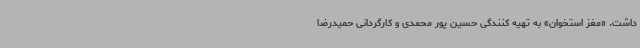
داشت. «مغز استخوان» به تهیه کنندگی حسین پور محمدی و کارگردانی حمیدرضا